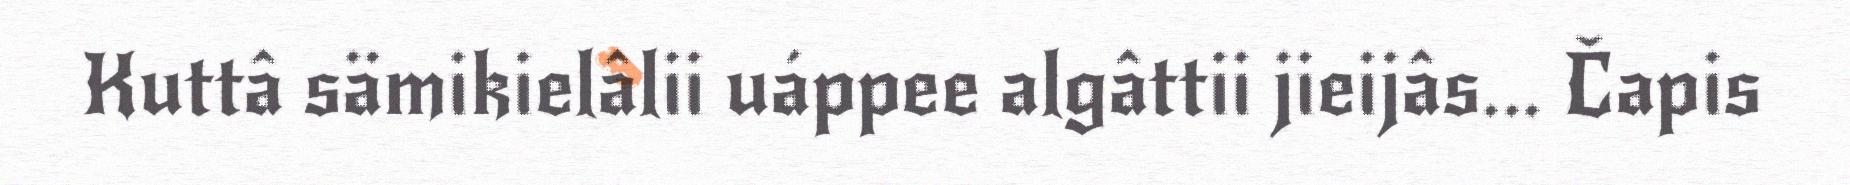
Kuttâ sämikielâlii uáppee algâttii jieijâs... Čapis